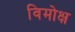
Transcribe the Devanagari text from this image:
विमोक्ष